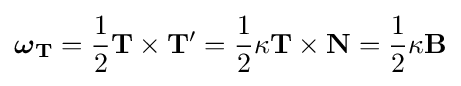
{\boldsymbol {\omega }}_{\mathbf {T} }={1 \over 2}\mathbf {T} \times \mathbf {T'} ={1 \over 2}\kappa \mathbf {T} \times \mathbf {N} ={1 \over 2}\kappa \mathbf {B}